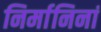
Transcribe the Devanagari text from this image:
निर्मानिनां